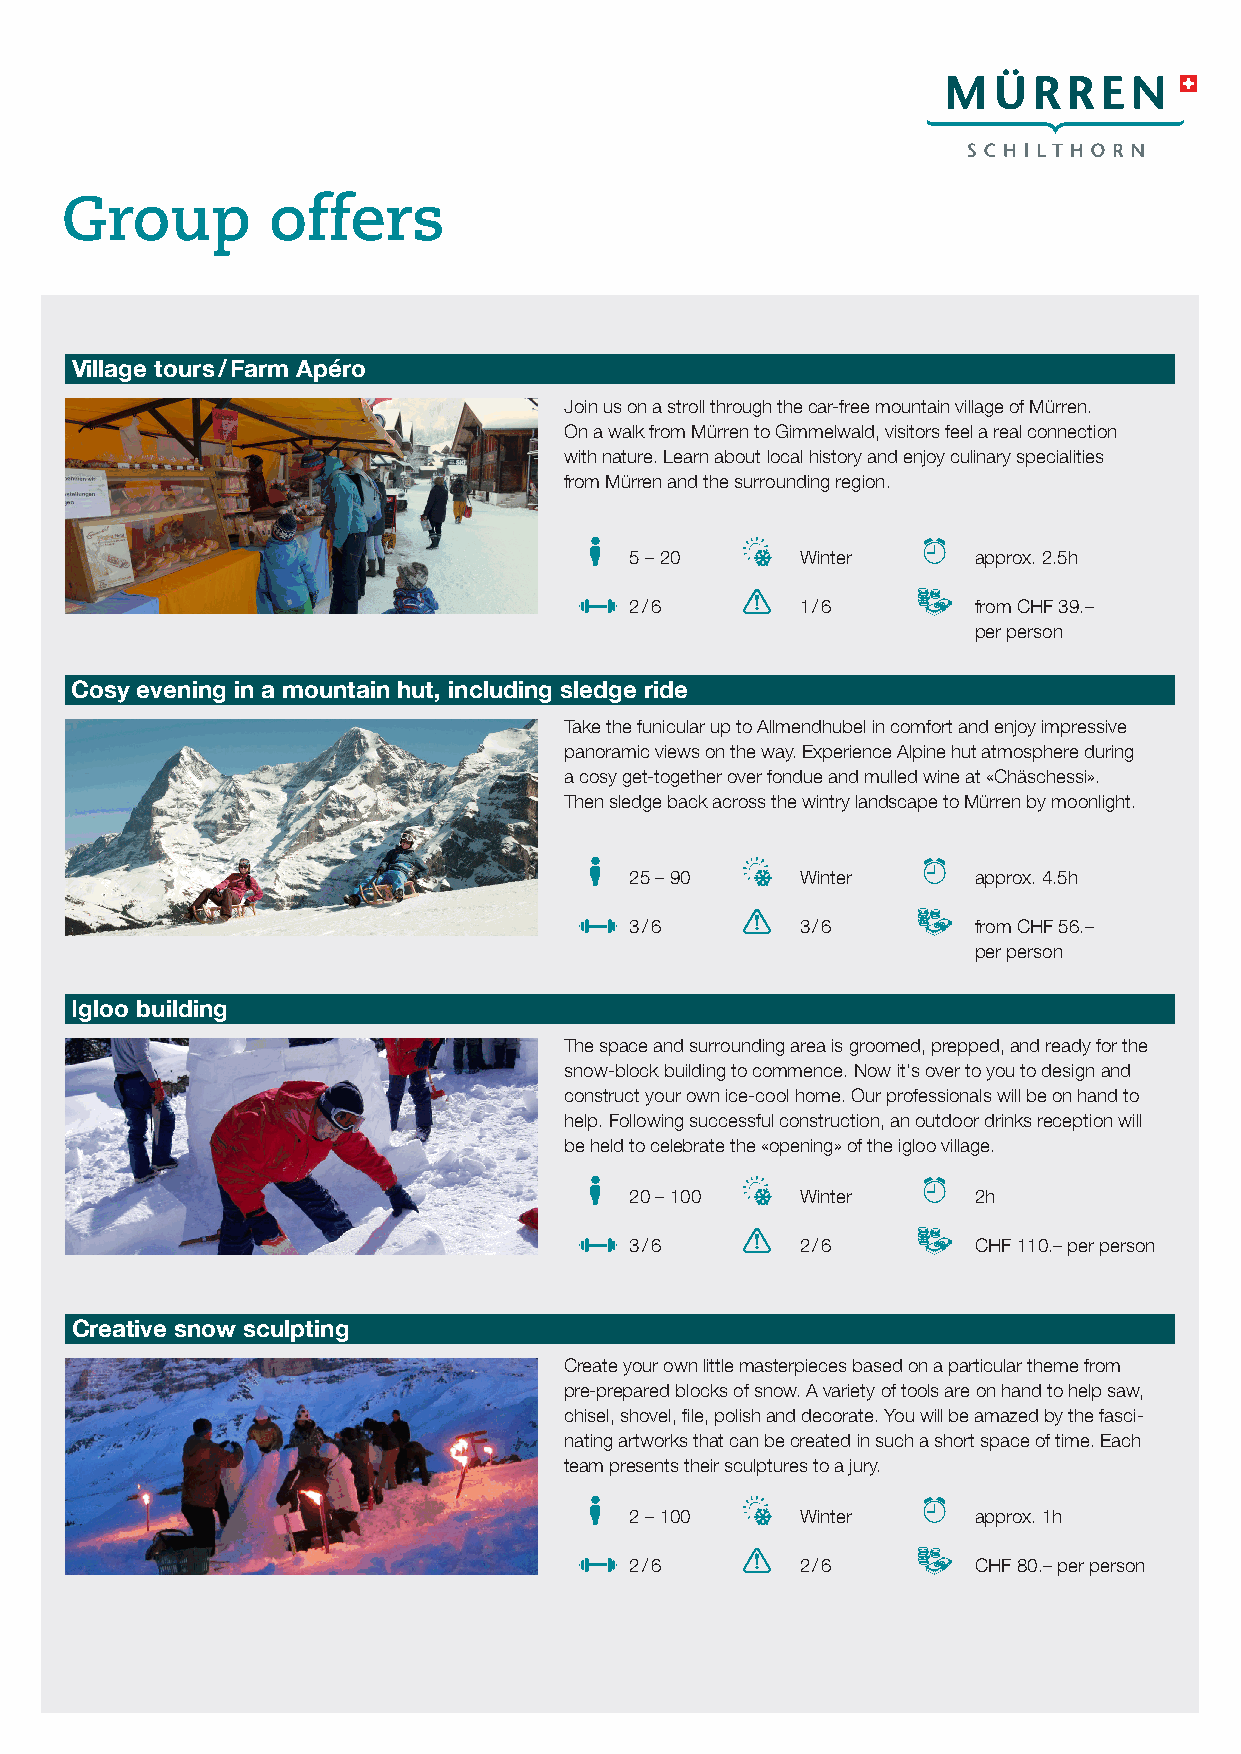
Group         offers
 Village tours / Farm Apéro
 Join us on a stroll through the car-free mountain village of Mürren.
 On a walk from Mürren to Gimmelwald, visitors feel a real connection
 with nature. Learn about local history and enjoy culinary specialities
 from Mürren and the surrounding region.
 5 – 20     Winter      approx. 2.5h
 2 / 6      1 / 6       from CHF 39.–
 per person
 Cosy evening in a mountain hut, including sledge ride
 Take the funicular up to Allmendhubel in comfort and enjoy impressive
 panoramic views on the way. Experience Alpine hut atmosphere during
 a cosy get-together over fondue and mulled wine at «Chäschessi».
 Then sledge back across the wintry landscape to Mürren by moonlight.
 25 – 90    Winter      approx. 4.5h
 3 / 6      3 / 6       from CHF 56.–
 per person
 Igloo building
 The space and surrounding area is groomed, prepped, and ready for the
 snow-block building to commence. Now it‘s over to you to design and
 construct your own ice-cool home. Our professionals will be on hand to
 help. Following successful construction, an outdoor drinks reception will
 be held to celebrate the «opening» of the igloo village.
 20 – 100   Winter      2h
 3 / 6      2 / 6       CHF 110.– per person
 Creative snow sculpting
 Create your own little masterpieces based on a particular theme from
 pre-prepared blocks of snow. A variety of tools are on hand to help saw,
 chisel, shovel, file, polish and decorate. You will be amazed by the fasci-
 nating artworks that can be created in such a short space of time. Each
 team presents their sculptures to a jury.
 2 – 100    Winter      approx. 1h
 2 / 6      2 / 6       CHF 80.– per person